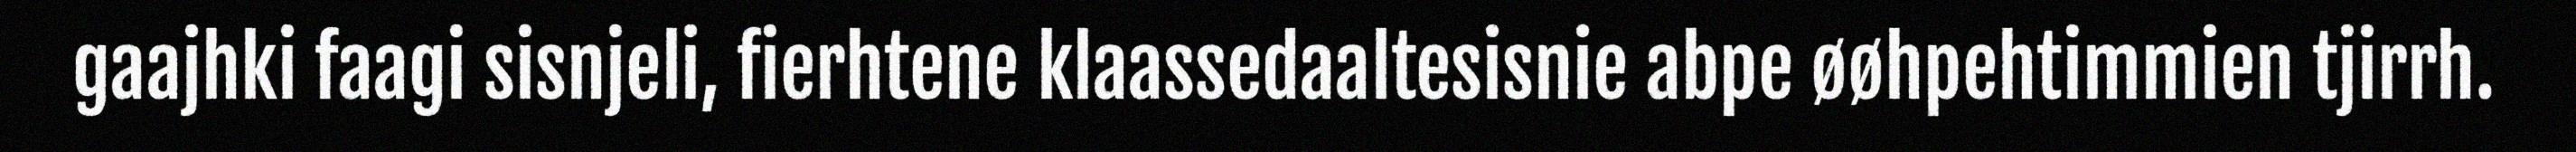
gaajhki faagi sisnjeli, fierhtene klaassedaaltesisnie abpe øøhpehtimmien tjirrh.